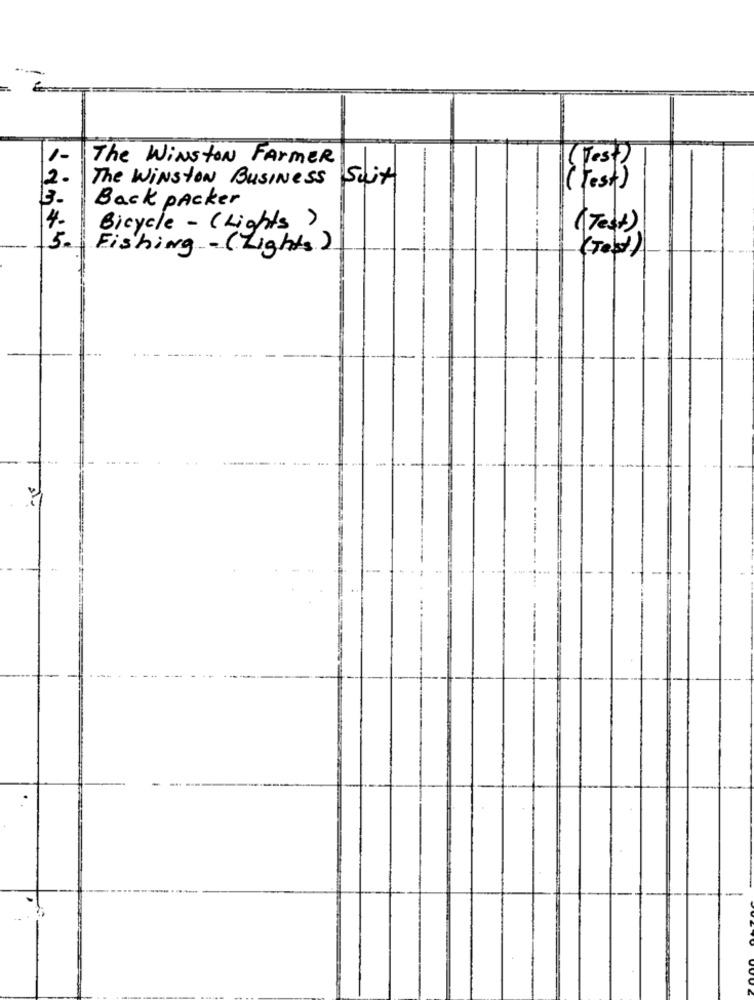
1-
The Winston FARMER
( Les?
The WINSTON Business Suit
( Fest)
Back packer
Bicycle - (Lights )
(Test)
5
Fishing - (Lights)
( To)
...